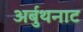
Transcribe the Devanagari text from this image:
अर्बुथनाट